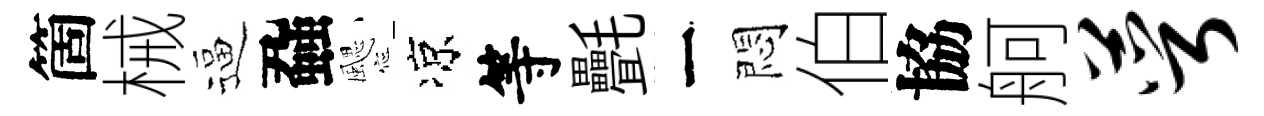
箇械逼蝨颸凉等㲲一悶伯協舸萼